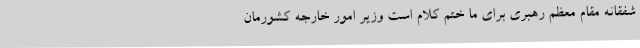
شفقانه مقام معظم رهبری برای ما ختم کلام است وزیر امور خارجه کشورمان